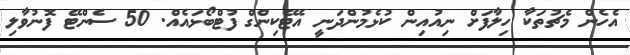
އެހެން މެޗުތަކާ ހިލާފަށް ނިއުއިން ކުޅެމުންދަނީ އެޓޭކިންގް ފުޓްބޯޅައެއް. 50 ސެންޓޭ ފޮނުވާލި